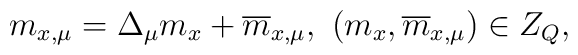
m_{x, \mu} = \Delta_{\mu}  m_x + \overline{m}_{x,\mu} , \, \, (m_x, \overline{m}_{x,\mu}) \in Z_Q ,